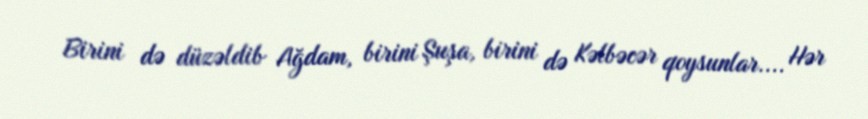
Birini də düzəldib Ağdam, birini Şuşa, birini də Kəlbəcər qoysunlar.... Hər